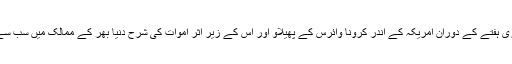
دوسری طرف، جاری ہفتے کے دوران امریکہ کے اندر کرونا وائرس کے پھیلاؤ اور اس کے زیر اثر اموات کی شرح دنیا بھر کے ممالک میں سب سے زیادہ ہوچکی ہے۔